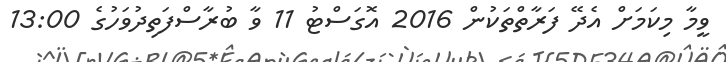
ވީމާ މިކަމަށް އެދޭ ފަރާތްތަކުން 2016 އޮގަސްޓު 11 ވާ ބުރާސްފަތިދުވަހުގެ 13:00